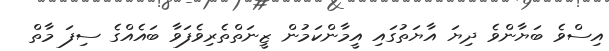
އިސްވެ ބަޔާންވެ ދިޔަ އާޔަތުގައި އީމާންކަމުން ޒީނަތްތެރިވެފަވާ ބައެއްގެ ސިފަ މާތް